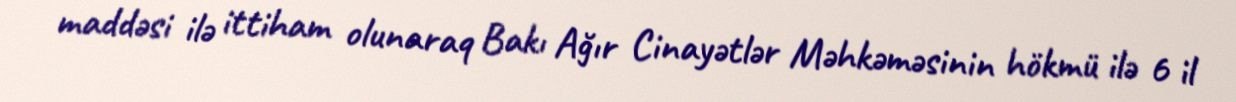
maddəsi ilə ittiham olunaraq Bakı Ağır Cinayətlər Məhkəməsinin hökmü ilə 6 il